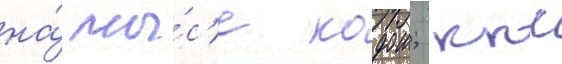
на́ мы́с'е кодош; ккс